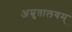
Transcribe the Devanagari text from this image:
अम्रुतालयम्